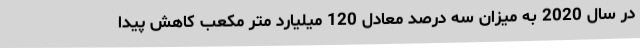
در سال 2020 به میزان سه درصد معادل 120 میلیارد متر مکعب کاهش پیدا